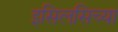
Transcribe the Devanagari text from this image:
इसिलसिच्या